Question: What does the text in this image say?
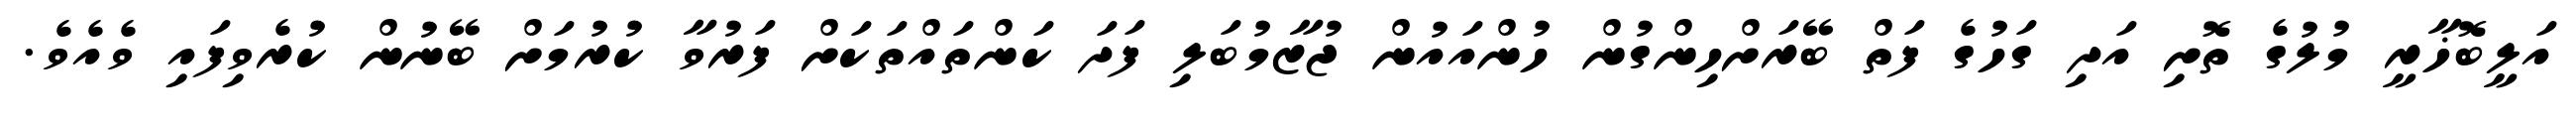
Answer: އަލީބޮޚާރީ މުލުގެ ތޮށި އަދި ގަހުގެ ފަތް ބޭރަށްހިންގުން ހުންއައުން ޖުޒާމުބަލި ފަދަ ކަންތައްތަކަށް ފަރުވާ ކުރުމަށް ބޭނުން ކުރެވިފައި ވެއެވެ.